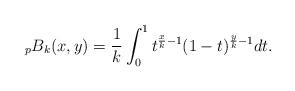
LaTeX: \begin{align*} _{p}B_{k}(x,y)=\frac{1}{k} \int_{0}^{1}t^{\frac{x}{k}-1}(1-t)^{\frac{y}{k}-1}dt. \end{align*}